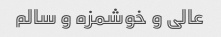
عالی و خوشمزه و سالم